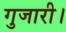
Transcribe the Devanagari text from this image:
गुजारी।